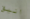
انيق